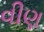
વીણ